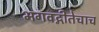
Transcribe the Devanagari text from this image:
भगवद्गीतेचाच